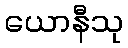
ယောနီသု